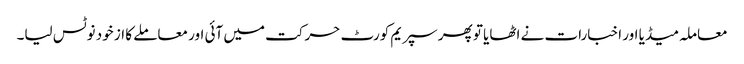
معاملہ میڈیا اور اخبارات نے اٹھایا تو پھر سپریم کورٹ حرکت میں آئی اور معاملے کا از خود نوٹس لیا۔